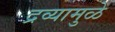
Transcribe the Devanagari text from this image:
द्रव्यामुळे